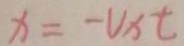
x = - V _ { x } t